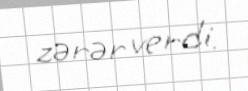
zərər verdi.